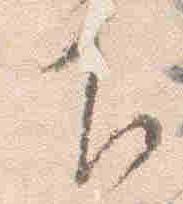
下